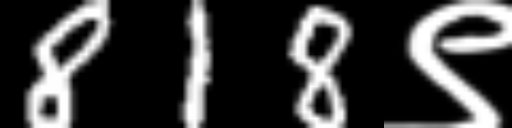
Text: 818९